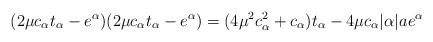
LaTeX: \begin{align*}(2\mu c_\alpha t_\alpha - e^\alpha)(2\mu c_\alpha t_\alpha - e^\alpha) = (4 \mu^2 c_\alpha^2 + c_\alpha) t_\alpha -4\mu c_\alpha |\alpha|a e^\alpha\end{align*}